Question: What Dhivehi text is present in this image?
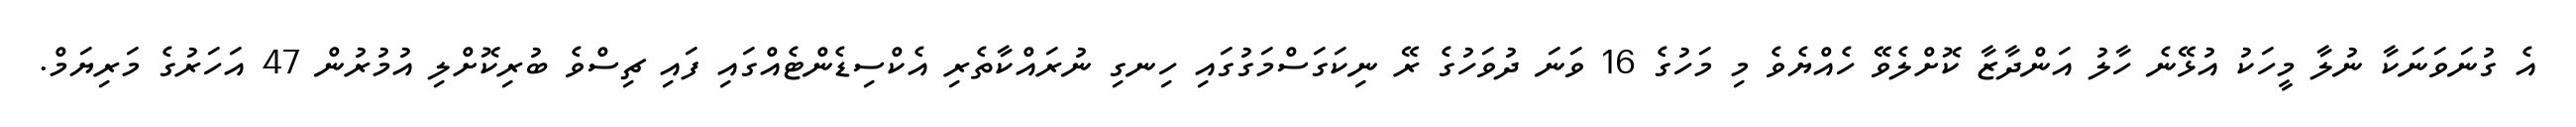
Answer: އެ ގުނަވަނަކާ ނުލާ މީހަކު އުޅޭނެ ހާލު އަންދާޒާ ކޮށްލެވޭ ހެއްޔެވެ މި މަހުގެ 16 ވަނަ ދުވަހުގެ ރޭ ނިކަގަސްމަގުގައި ހިނގި ނުރައްކާތެރި އެކްސިޑެންޓެއްގައި ފައި ޗިސްވެ ބުރިކޮށްލި އުމުރުން 47 އަހަރުގެ މަރިޔަމް.